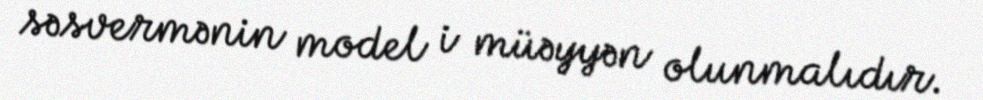
səsvermənin model i müəyyən olunmalıdır.